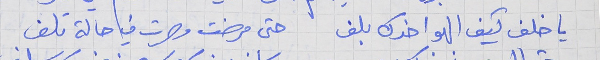
يا خلف كيف الهوا خدك بلف      حتى مرضت وصرت في حالة تلف